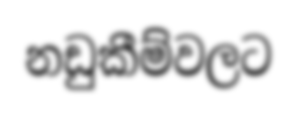
නඩුකීම්වලට